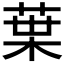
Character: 𫟒